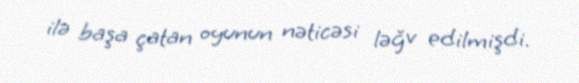
ilə başa çatan oyunun nəticəsi ləğv edilmişdi.